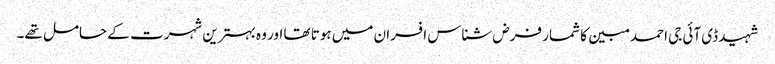
شہید ڈی آئی جی احمد مبین کا شمار فرض شناس افسران میں ہوتا تھا اور وہ بہترین شہرت کے حامل تھے۔